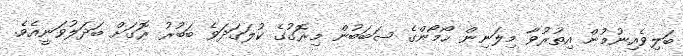
ބަލިވެއިނުމުން އިތުރުވާ މިލަނިން ހޯމޯންގެ ސަބަބުން މިރޮގުގެ ކުލަގަދަވެ ބަބުރު ރޮގަށް ބަދަލުވަނީއެވެ.